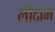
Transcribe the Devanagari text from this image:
लोदाम